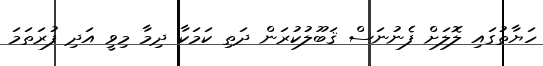
ހަޔާތުގައި ލޮލަށް ފެނުނަސް ޤަބޫލުކުރަން ދަތި ކަމަކާ ދިމާ މިވީ އަދި ފުރަތަމަ